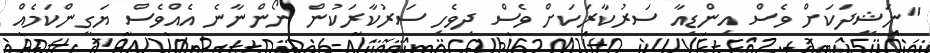
"ނަޝީދަކަށް ވެސް އިންޑިއާ ސަރުކާރަކަށް ވެސް ދިވެހި ސަރުކާރަކުން ނޯންނާނެ އެއްވެސް ޔަގީންކަމެއް